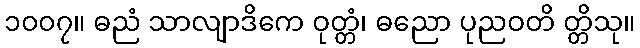
၁၀၀၇။ ဓညံ သာလျာဒိကေ ဝုတ္တံ၊ ဓညော ပုညဝတိ တ္တိသု။